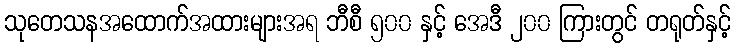
သုတေသနအထောက်အထားများအရ ဘီစီ ၅၀၀ နှင့် အေဒီ ၂၀၀ ကြားတွင် တရုတ်နှင့်